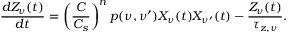
\frac { d Z _ { \nu } ( t ) } { d t } = \left( \frac { C } { C _ { s } } \right) ^ { n } p ( \nu , \nu ^ { \prime } ) X _ { \nu } ( t ) X _ { \nu ^ { \prime } } ( t ) - \frac { Z _ { \nu } ( t ) } { \tau _ { z , \nu } } .